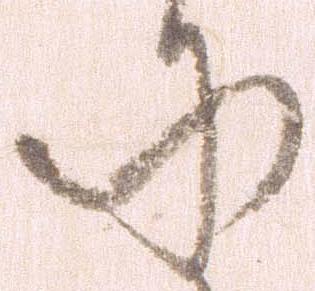
に